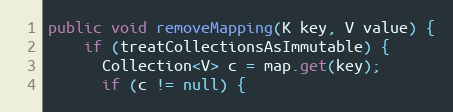
Language: Java
public void removeMapping(K key, V value) {
    if (treatCollectionsAsImmutable) {
      Collection<V> c = map.get(key);
      if (c != null) {